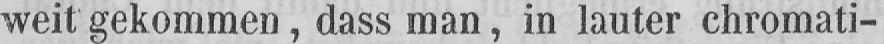
weit gekommen, dass man, in lauter chromati-